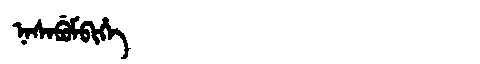
Manchu: ᠨᠠᠰᠠᠪᡠᠮᠪᡳᡥᡝ
Romanization: NASABUMBIHE